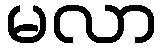
မလာ